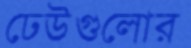
ঢেউগুলোর